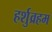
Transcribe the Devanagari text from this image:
हर्शुव्रहम